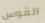
القوس